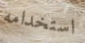
استخدامه